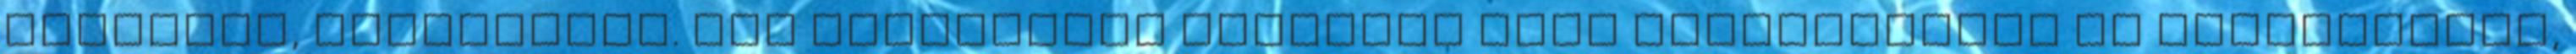
bonbonok, csokoládék. Egy nagymarosi házaspár édes vállalkozása az aranyparton,